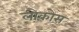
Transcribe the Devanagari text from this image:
लोकोस